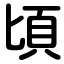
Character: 頃